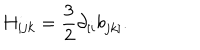
H _ { i j k } = \frac { 3 } { 2 } \partial _ { [ i } b _ { j k ] } .